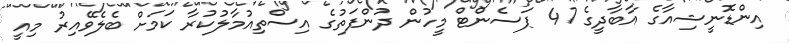
އިންޑޮނީޝިއާގެ އާބާދީގެ 47 ޕަސެންޓް މީހުން ދުންފަތުގެ އިސްތިއުމާލުކުރާ ކަމަށް ބެލެވޭއިރު މިއީ